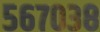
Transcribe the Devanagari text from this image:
५६७०३८